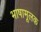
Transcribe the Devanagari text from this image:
भाषामूलक